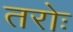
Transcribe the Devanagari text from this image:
तरोः